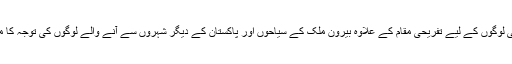
یہ جھیل مقامی لوگوں کے لیے تفریحی مقام کے علاوہ بیرون ملک کے سیاحوں اور پاکستان کے دیگر شہروں سے آنے والے لوگوں کی توجہ کا مرکزبھی ہے۔